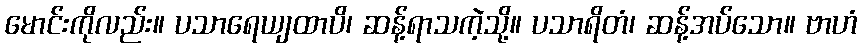
မောင်းကိုလည်း။ ပသာရေယျထာပိ၊ ဆန့်ရာသကဲ့သို့။ ပသာရိတံ၊ ဆန့်အပ်သော။ ဗာဟံ